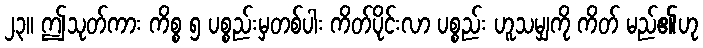
၂၃။ ဤသုတ်ကား ကိစ္စ ၅ ပစ္စည်းမှတစ်ပါး ကိတ်ပိုင်းလာ ပစ္စည်း ဟူသမျှကို ကိတ် မည်၏ဟု